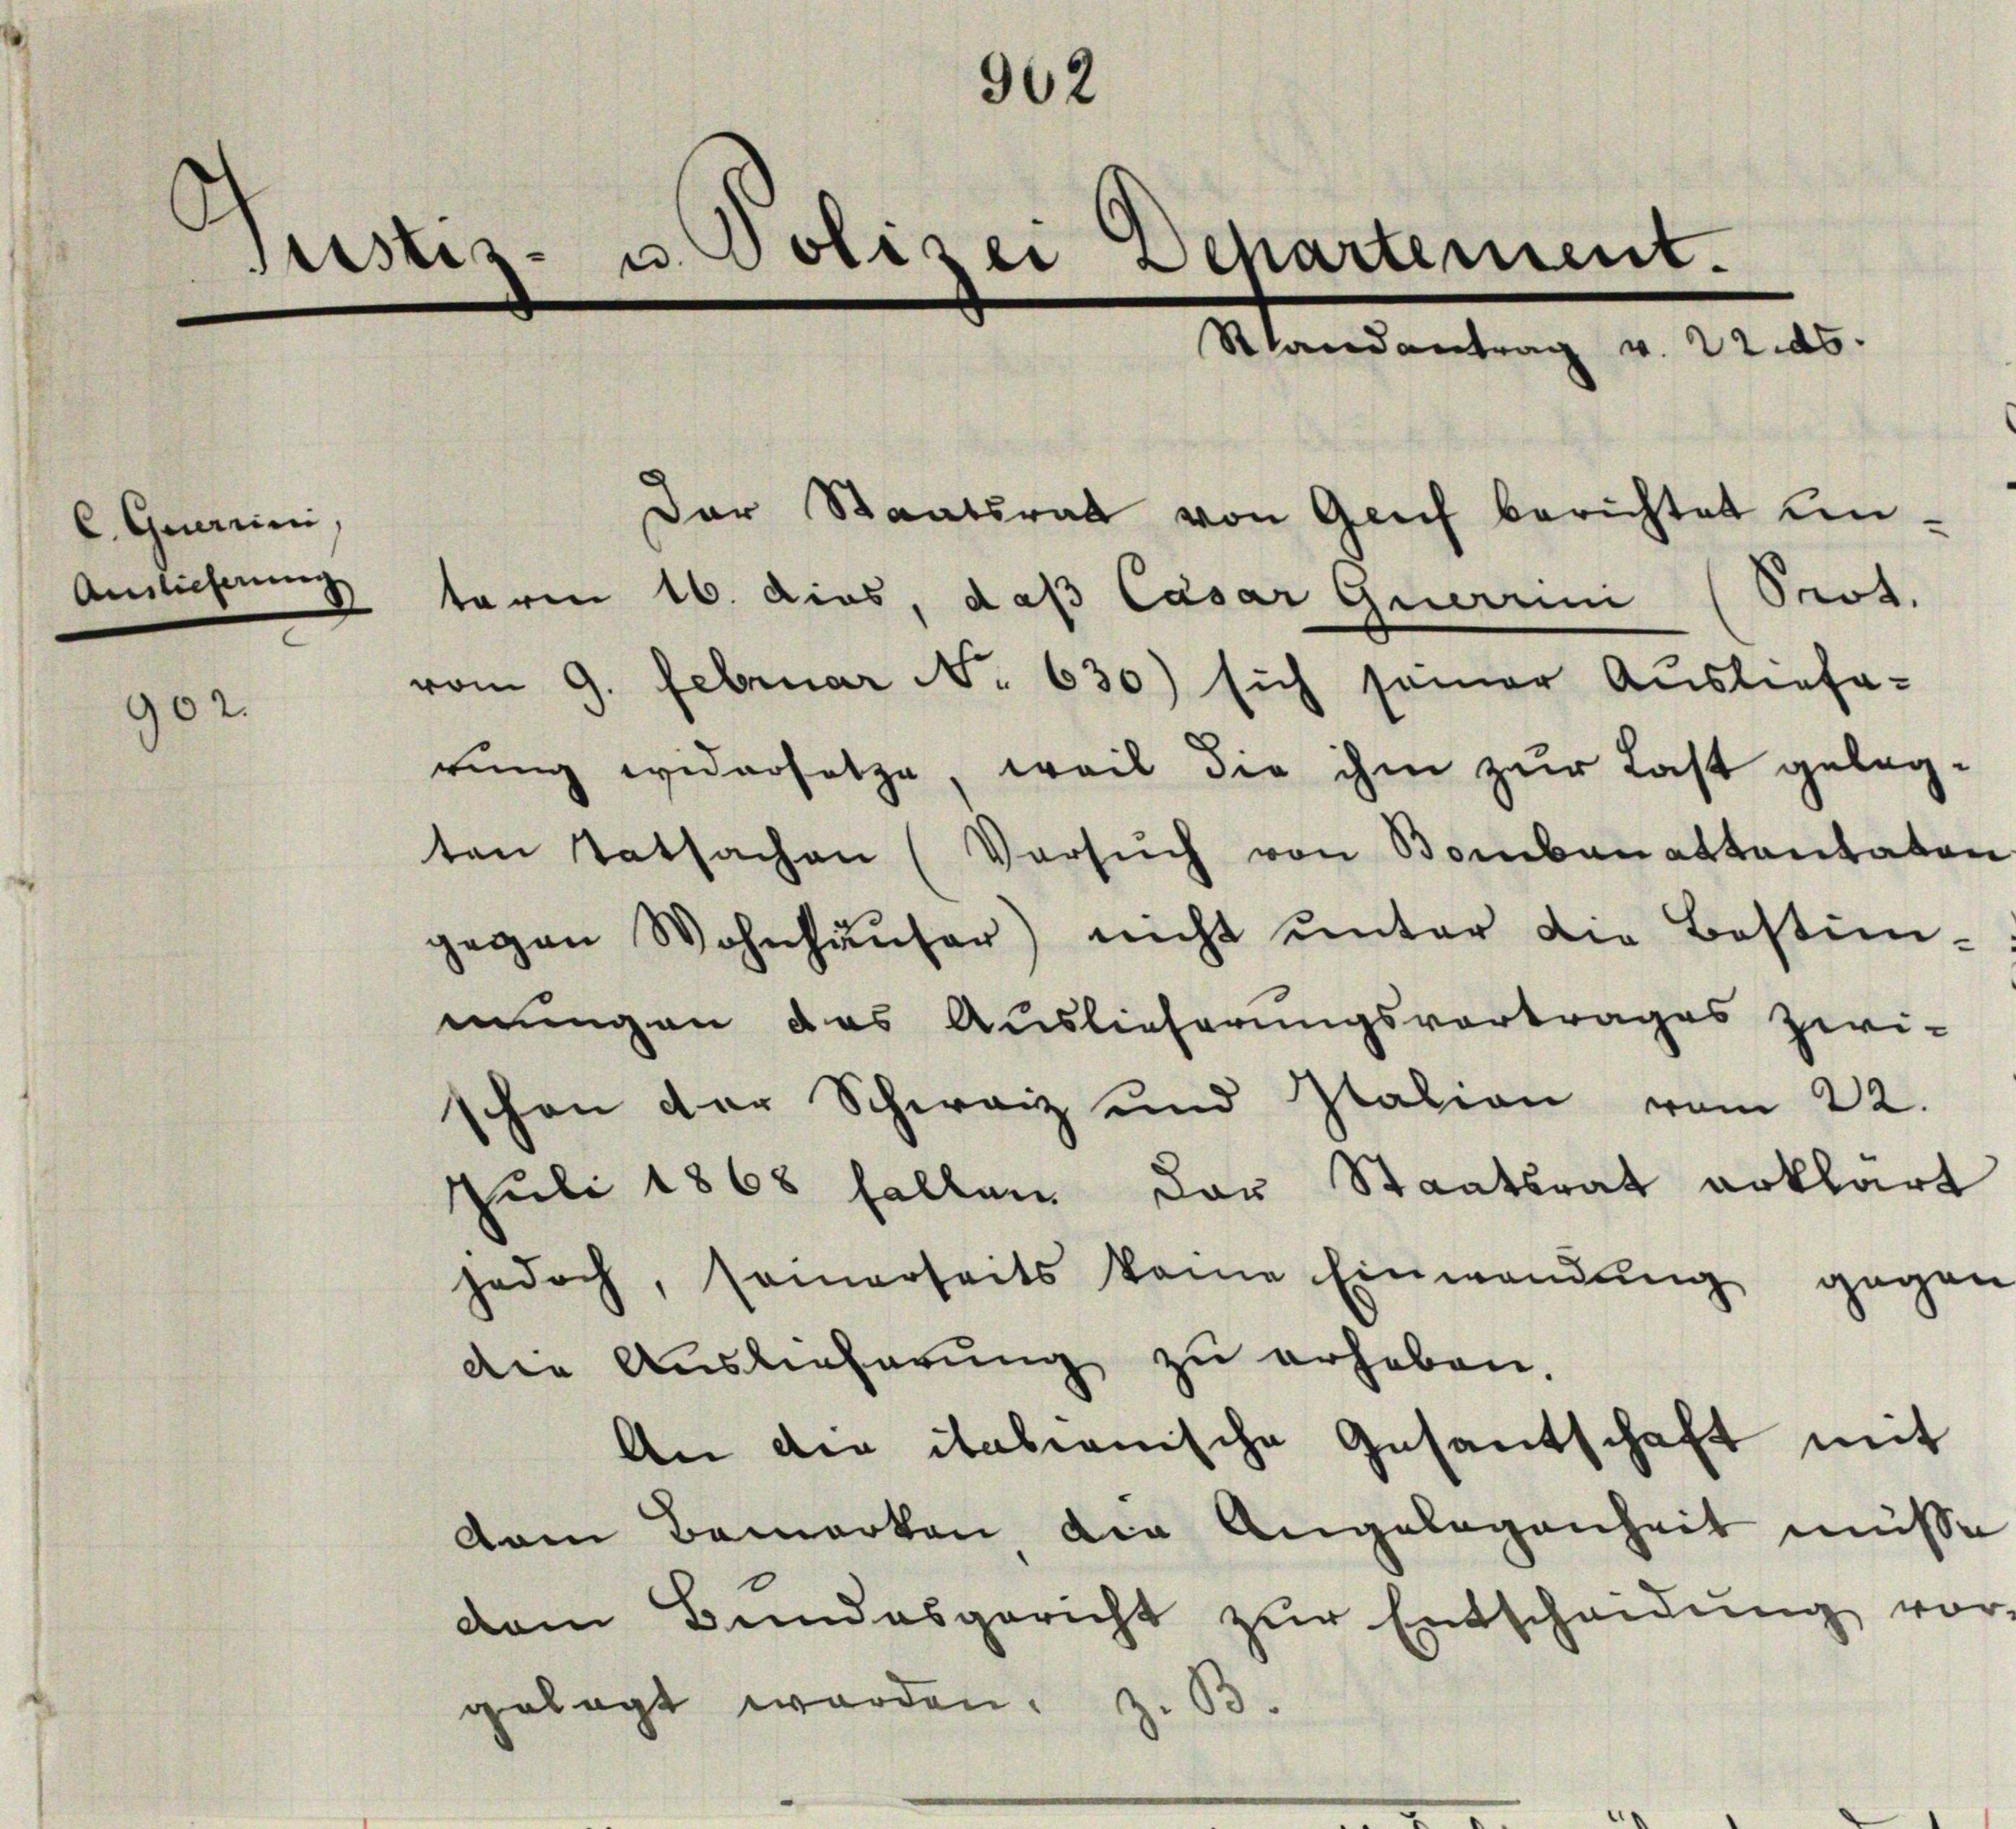
C. Querini

902.

Justiz- u. Polizei Departement.

Die Auslieferung zu erheben.
An die italienische Gesantschaft mit
vam Bemerken die Angelegenheit müsse
dem Bundesgericht zŭr Entscheidŭng vor
gelegt worden.
z. B.

962

Slandantrag v. 22. ds.

Der Staatsrat von Genf berichtet un¬
Amlichung taren 16. dies, daß Cäsar Querrini (Prot.
vom 9. Februar No. 630) sich seiner Ausliefe-
rung widersetze, weil die ihm zur Last gelegten Tatsachen (Versŭch von Bombanattantaten
gegen Wohnhäŭser) nicht ŭnter die Bestim-
mungen das Auslieferungsvortrages zwi-
schon der Schweiz und station vom 22.
Juli 1868 fallen der Staatsrat erklärt
jedoch, seinerseits keine Einwendung gegen